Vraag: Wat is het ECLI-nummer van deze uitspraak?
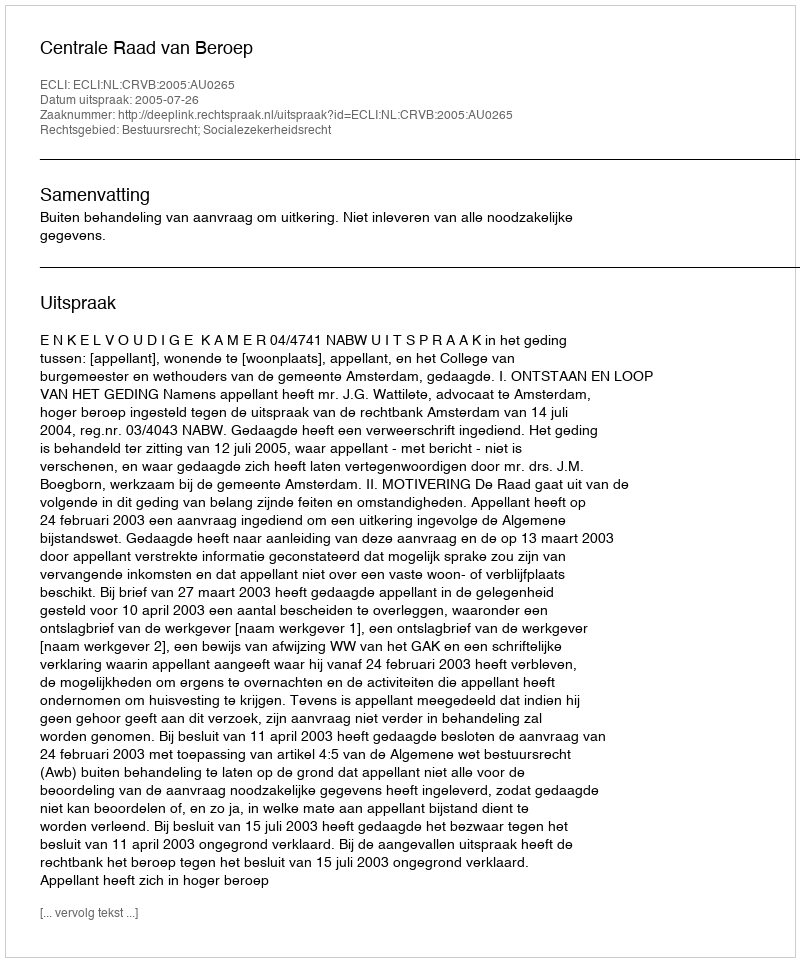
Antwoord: ECLI:NL:CRVB:2005:AU0265